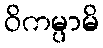
ဝိကမ္ပာမိ